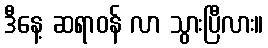
ဒီနေ့ ဆရာဝန် လာ သွားပြီလား။